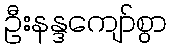
ဦးနန္ဒကျော်စွာ